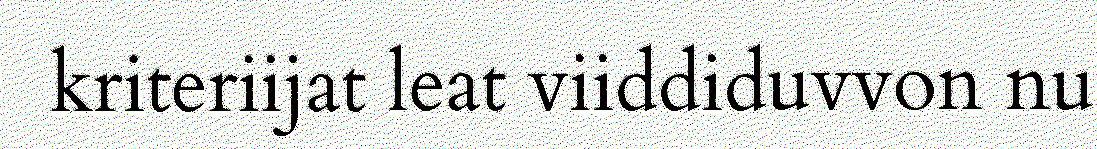
kriteriijat leat viiddiduvvon nu